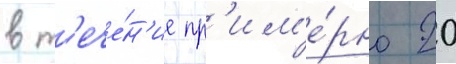
в т'ече́н'ие пр'им'е́рно 20